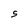
Character: 5